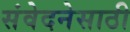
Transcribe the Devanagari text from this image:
संवेदनेसाठी